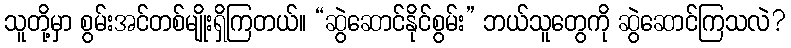
သူတို့မှာ စွမ်းအင်တစ်မျိုးရှိကြတယ်။ “ဆွဲဆောင်နိုင်စွမ်း” ဘယ်သူတွေကို ဆွဲဆောင်ကြသလဲ?